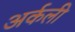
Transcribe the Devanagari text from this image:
अर्कली